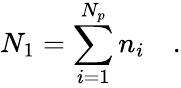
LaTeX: N_{1}=\sum_{i=1}^{N_{p}}n_{i}\quad.